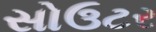
સોઉટર